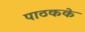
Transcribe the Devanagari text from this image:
पाठकके